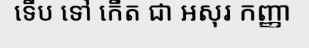
ទើប ទៅ កើត ជា អសុរ កញ្ញា